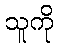
သူကို